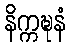
နိက္ကဍ္ဎနံ